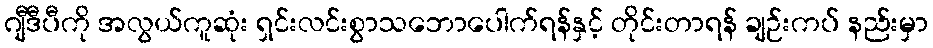
ဂျီဒီပီကို အလွယ်ကူဆုံး ရှင်းလင်းစွာသဘောပေါက်ရန်နှင့် တိုင်းတာရန် ချဉ်းကပ် နည်းမှာ